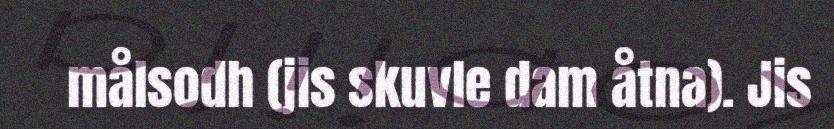
målsodh (jis skuvle dam åtna). Jis